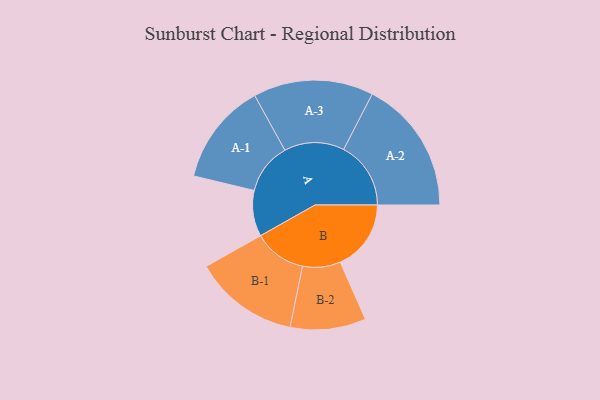
{"axis": {"x": "Segment", "y": "Value"}, "legend": ["", "A", "B"], "data": [{"x": "A", "y": 188, "type": ""}, {"x": "B", "y": 290, "type": ""}, {"x": "A-1", "y": 209, "type": "A"}, {"x": "A-2", "y": 275, "type": "A"}, {"x": "A-3", "y": 246, "type": "A"}, {"x": "B-1", "y": 215, "type": "B"}, {"x": "B-2", "y": 155, "type": "B"}]}